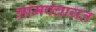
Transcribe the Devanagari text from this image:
ग्रांमपंचायत